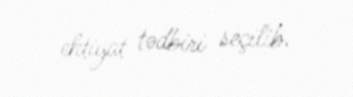
ehtiyat tədbiri seçilib.